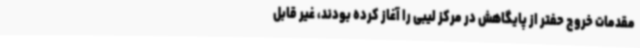
مقدمات خروج حفتر از پایگاهش در مرکز لیبی را آغاز کرده بودند، غیر قابل